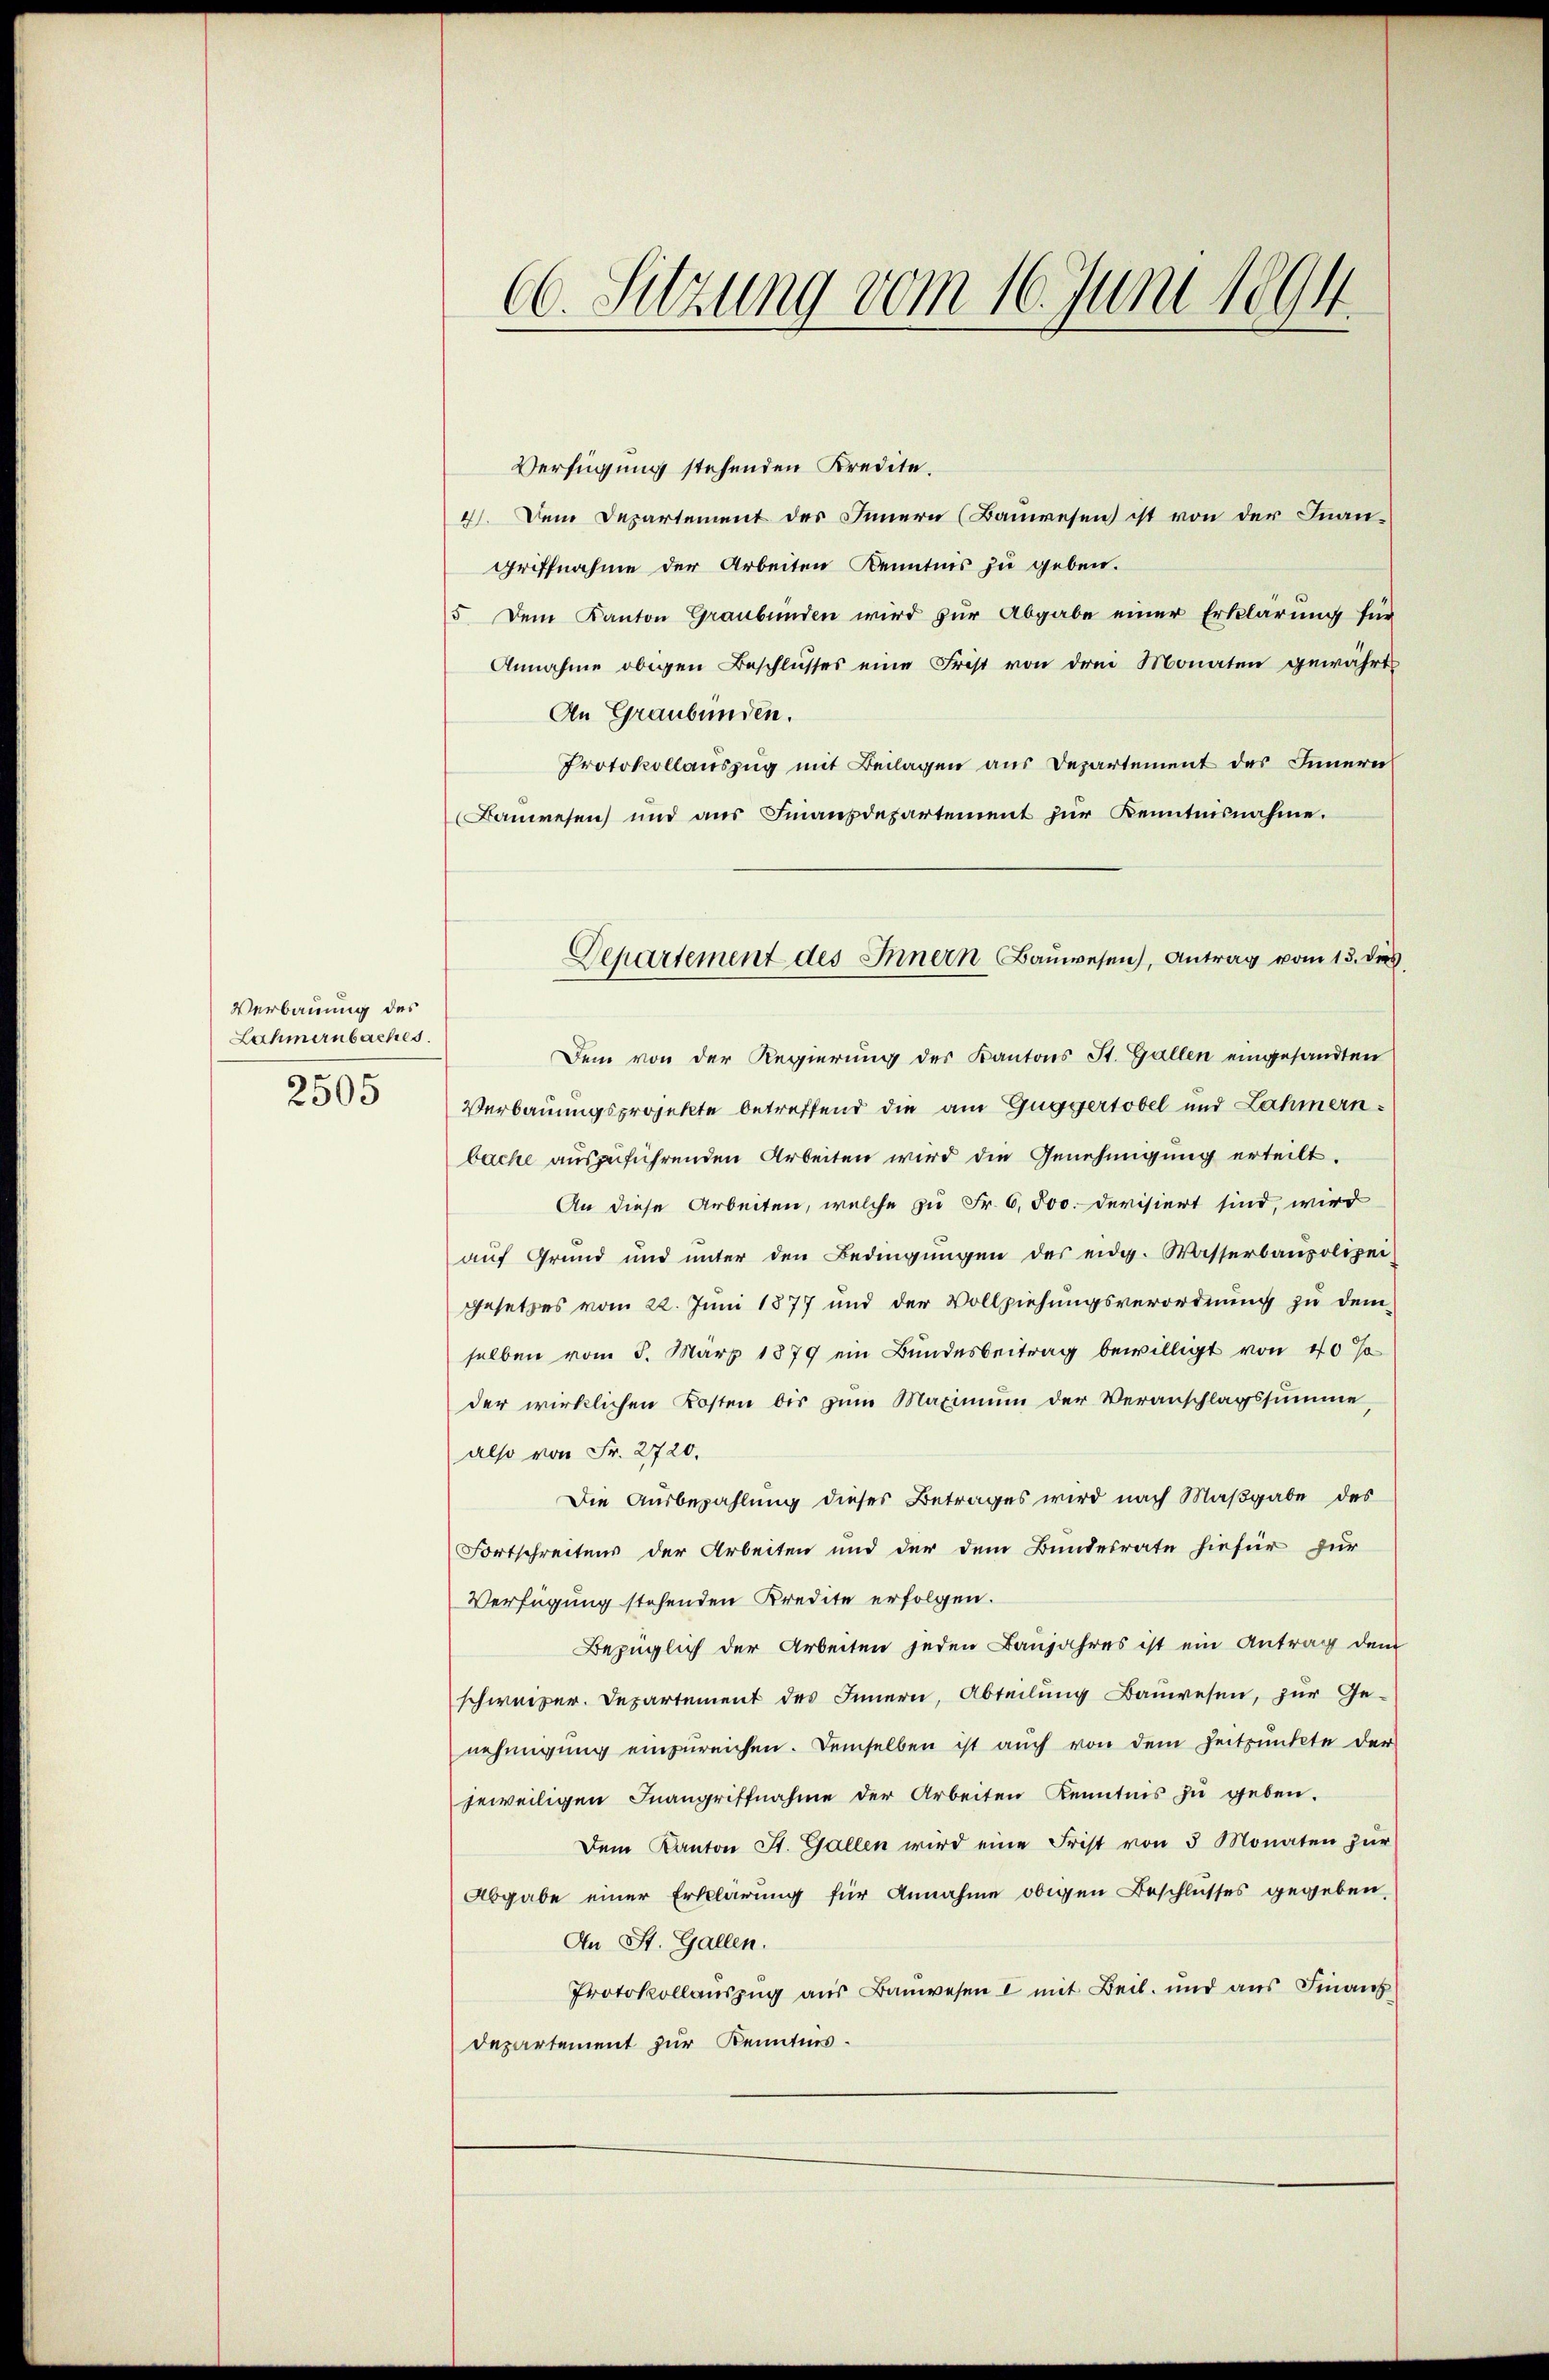
Verbauung des
Lahmernbaches.
2505

(6. Sitzung vom 16. Juni 1894.

Verfügung stehenden Kredite.
4). Dem Departement des Innern (Bauwesen ist von der Fnan-
griffnahme der Arbeiten Kenntnis zu geben.
5. Dem Kanton Graubünden wird zur Abgabe einer Erklärung für
Annahme obigen Beschlusses eine Frist von drei Monaten gewährt
An Graubünden.
Protokollauszug mit Beilagen aus Departement des Innern
Bauwesen und aŭs Finanzdepartement zŭr Kenntnisnahme.
Dem von der Regierung des Kantons St. Gallen eingesandten
Verbauungsprojekte betreffend die am Guggertobel und Lahmern:
bache auszuführenden Arbeiten wird die Genehmigung erteilt.
An diese Arbeiten, welche zu Fr. 6, 500. Devisiert sind, wird
auf Grund und unter den Bedingŭngen des eidg. Wasserbaupolizei-
gesetzes vom 22. Juni 1877 und der Vollziehungsverordnung zu dem
selben vom 5. März 1879 ein Bundesbeitrag bewilligt von 40%
der wirklichen Kosten bis zum Maximum der Veranschlagssumme,
also von Fr. 2720.
Die Ausbezahlung dieses Betrages wird nach Maßgabe des
Fortschreitens der Arbeiten und der dem Bundesrate hiefür zur
Verfügung stehenden Kredite erfolgen.
Bezüglich der Arbeiten jeden Baujahres ist ein Antrag dem
schweizer. Departement des Innern, Abteilŭng Bauwesen, zur Ge-
nehmigung einzureichen. Demselben ist auch von dem Zeitpunkte der
jeweiligen Inangriffnahme der Arbeiten Kenntnis zu geben.
Dem Kanton St. Gallen wird eine Frist von 5 Monaten zŭr
Abgabe einer Erklärung für Annahme obigen Beschlusses gegeben.
An St. Gallen.
Protokollaŭszŭg aŭs Baŭwesen u mit Beil. und aus Finanz
Departement zur Kenntnis.

Departement des Innern Baŭwesen, Antrag vom 13. dies